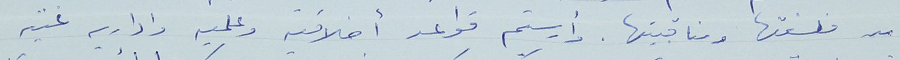
من فلسفتها ومناقبيتها. وأرسيتم قواعد أخلاقية وعلميه واداريه غنيه